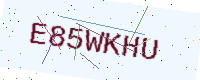
Text: E85WKHU